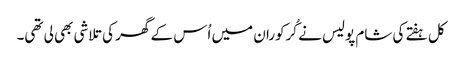
کل ہفتے کی شام پولیس نے کُرکوران میں اُس کے گھر کی تلاشی بھی لی تھی۔